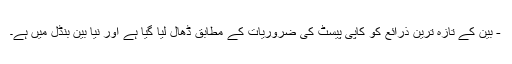
- بین کے تازہ ترین ذرائع کو کاپی پیسٹ کی ضروریات کے مطابق ڈھال لیا گیا ہے اور نیا بین بنڈل میں ہے۔